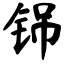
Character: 铞